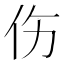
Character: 伤